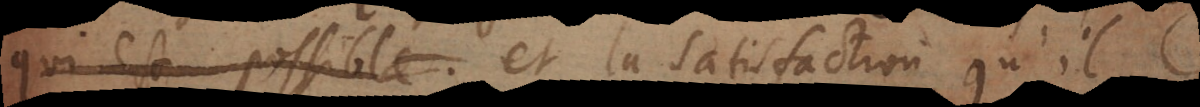
qui est possible et la satisfaction qu’il